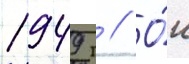
1949 г // О́н